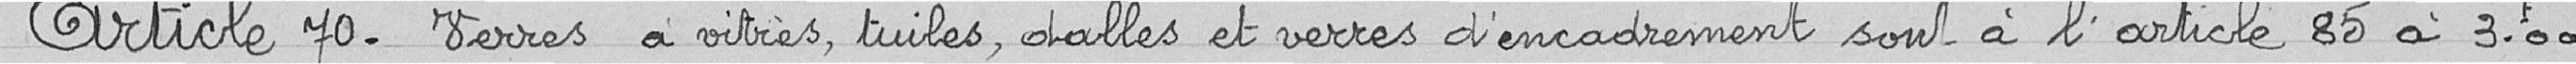
Article 70. Verres à vitres, tuiles, dalles et verres d’encadrement sont à l’article 85 à 3,00 francs